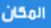
المكان